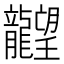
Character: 𪚤